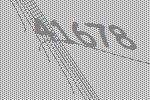
41678